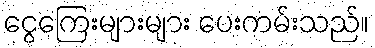
ငွေကြေးများများ ပေးကမ်းသည်။